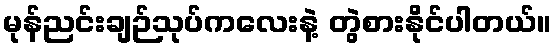
မုန်ညင်းချဉ်သုပ်ကလေးနဲ့ တွဲစားနိုင်ပါတယ်။